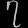
Digit: ၇